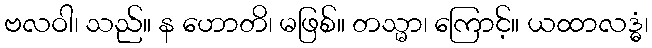
ဗလဝါ၊ သည်။ န ဟောတိ၊ မဖြစ်။ တသ္မာ၊ ကြောင့်။ ယထာလဒ္ဓံ၊